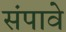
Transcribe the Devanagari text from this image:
संपावे